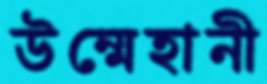
উম্মেহানী